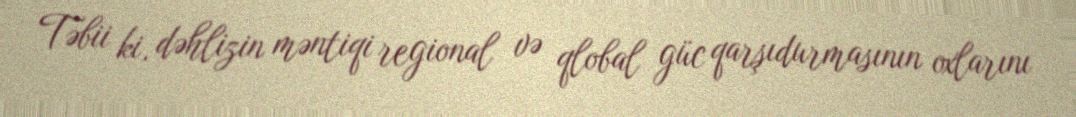
Təbii ki, dəhlizin məntiqi regional və qlobal güc qarşıdurmasının oxlarını